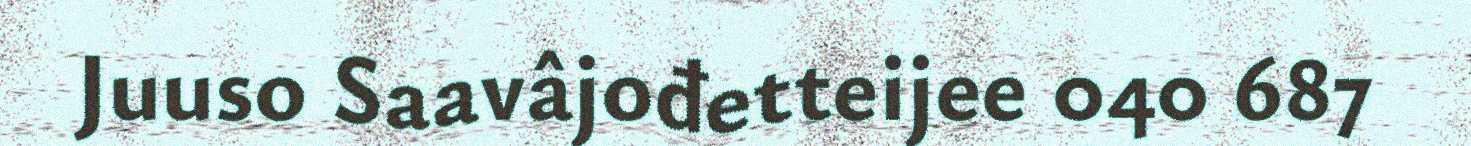
Juuso Saavâjođetteijee 040 687